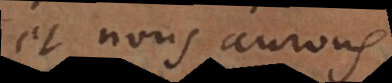
et nous aurons